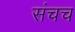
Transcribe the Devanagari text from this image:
संचच